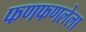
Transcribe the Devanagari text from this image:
फणफणलेला